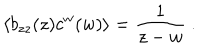
LaTeX: \langle b _ { z z } ( z ) c ^ { w } ( w ) \rangle = \frac { 1 } { z - w } \ .